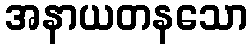
အနာယတနသော